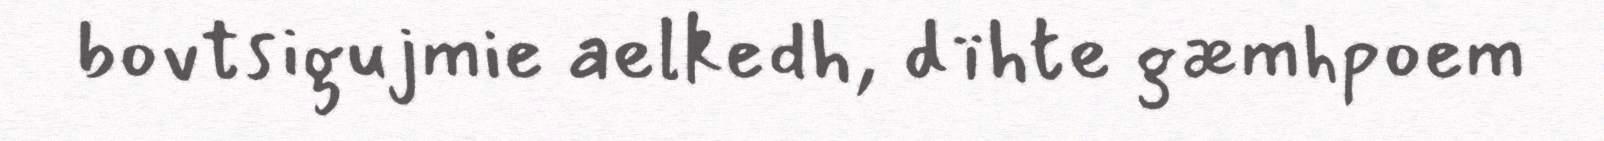
bovtsigujmie aelkedh, dïhte gæmhpoem